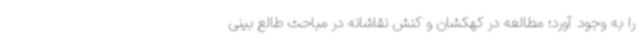
را به وجود آورد؛ مطالعه در کهکشان و کنش نقاشانه در مباحث طالع بینی